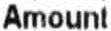
AMOUNT